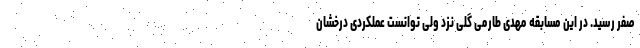
صفر رسید. در این مسابقه مهدی طارمی گلی نزد ولی توانست عملکردی درخشان